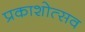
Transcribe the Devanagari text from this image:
प्रकाशोत्‍सव